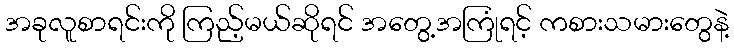
အခုလူစာရင်းကို ကြည့်မယ်ဆိုရင် အတွေ့အကြုံရင့် ကစားသမားတွေနဲ့